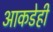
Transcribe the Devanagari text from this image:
आकडेही